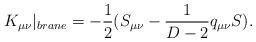
LaTeX: \begin{align*}K_{\mu\nu}|_{brane}=-\frac{1}{2}(S_{\mu\nu}-\frac{1}{D-2}q_{\mu\nu}S).\end{align*}